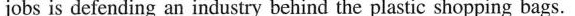
jobs is defending an industry behind the plastic shopping bags.